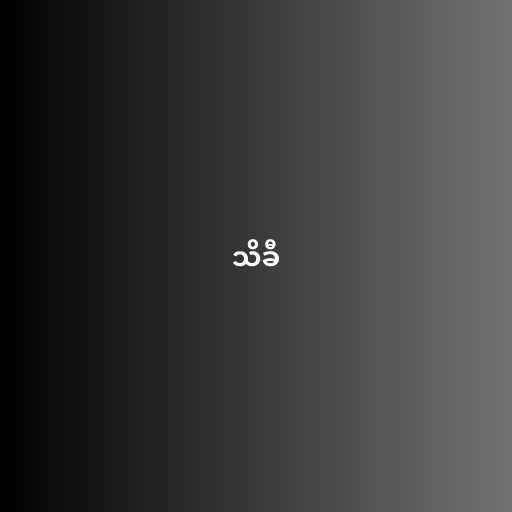
သိခီ